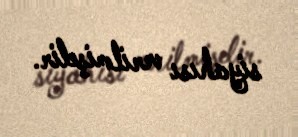
siyahısı verilmişdir.